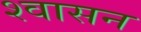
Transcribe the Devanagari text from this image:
श्वासन